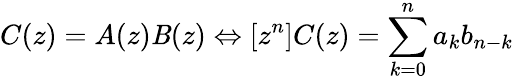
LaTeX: C(z)=A(z)\mathit{B}(z)\Leftrightarrow[z^{n}]C(z)=\sum_{k=0}^{n}{a_{k}b_{n-k}}